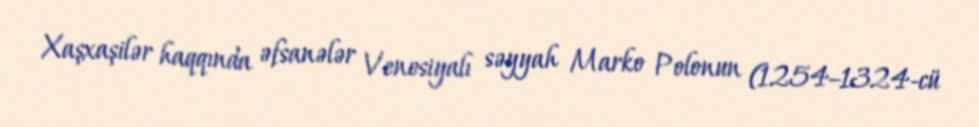
Xaşxaşilər haqqında əfsanələr Venesiyalı səyyah Marko Polonun (1254–1324-cü